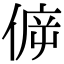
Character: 𠊴